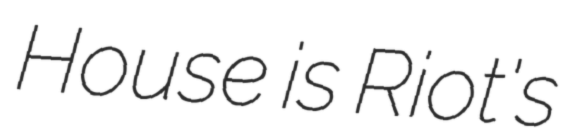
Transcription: House is Riot's